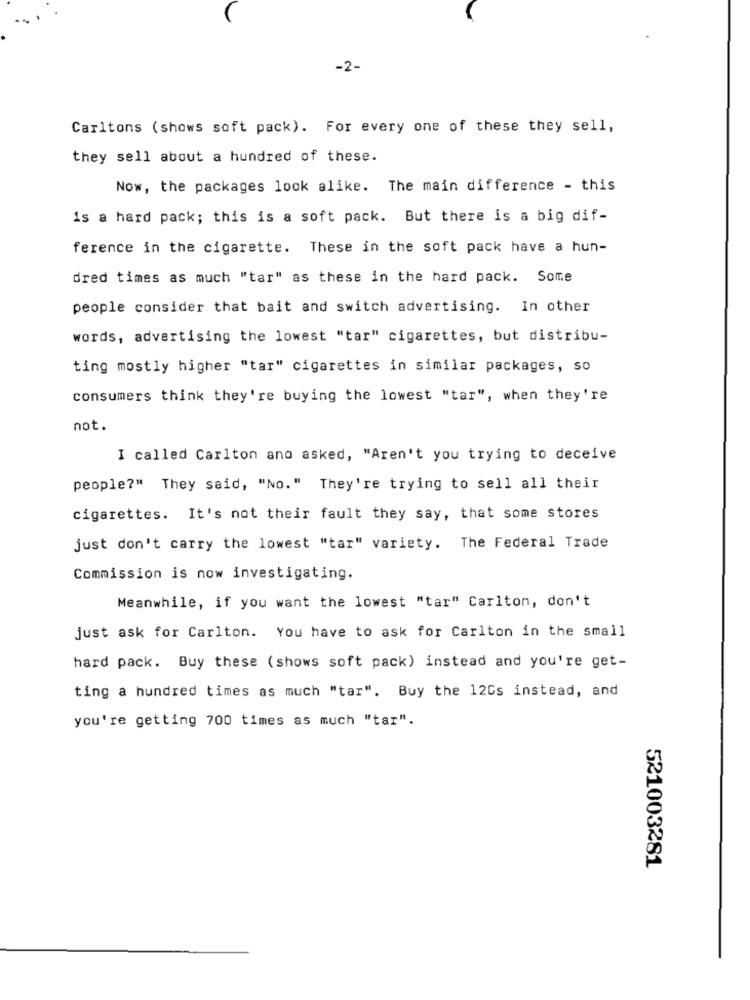
-2-
Carltons ( shows soft pack). For every one of these they sell,
they sell about a hundred of these.
Now, the packages look alike. The main difference - this
is a hard pack; this is a soft pack. But there is a big dif-
ference in the cigarette. These in the soft pack have a hun-
dred times as much "tar" as these in the hard pack. Some
people consider that bait and switch advertising. In other
words, advertising the lowest "tar" cigarettes, but distribu-
ting mostly higher "tar" cigarettes in similar packages, so
consumers think they're buying the lowest "tar", when they're
not.
I called Carlton and asked, "Aren't you trying to deceive
people?" They said, "No." They're trying to sell all their
cigarettes. It's not their fault they say, that some stores
just don't carry the lowest "tar" variety. The Federal Trade
Commission is now investigating.
Meanwhile, if you want the lowest "tar" Carlton, don't
just ask for Carlton. You have to ask for Carlton in the small
hard pack. Buy these (shows soft pack) instead and you're get-
ting a hundred times as much "tar". Buy the 12Cs instead, and
you're getting 700 times as much "tar".
521003281